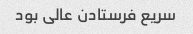
سریع فرستادن عالی بود